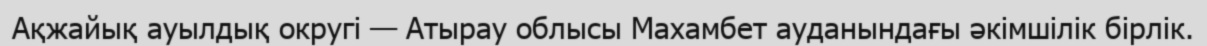
Ақжайық ауылдық округі — Атырау облысы Махамбет ауданындағы әкімшілік бірлік.